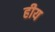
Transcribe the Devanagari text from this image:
हीय